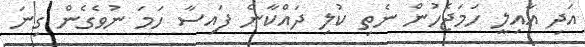
އަދި އާއިލީ ހަމަޖެހުން ނެތި ކުލި ދައްކާނެ ފައިސާ ހަމަ ނުވެގެން ގިނަ